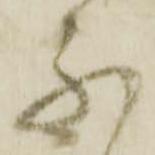
不